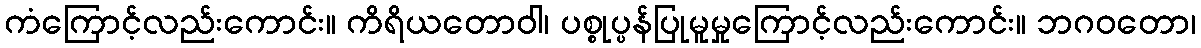
ကံကြောင့်လည်းကောင်း။ ကိရိယတောဝါ၊ ပစ္စုပ္ပန်ပြုမူမှုကြောင့်လည်းကောင်း။ ဘဂဝတော၊